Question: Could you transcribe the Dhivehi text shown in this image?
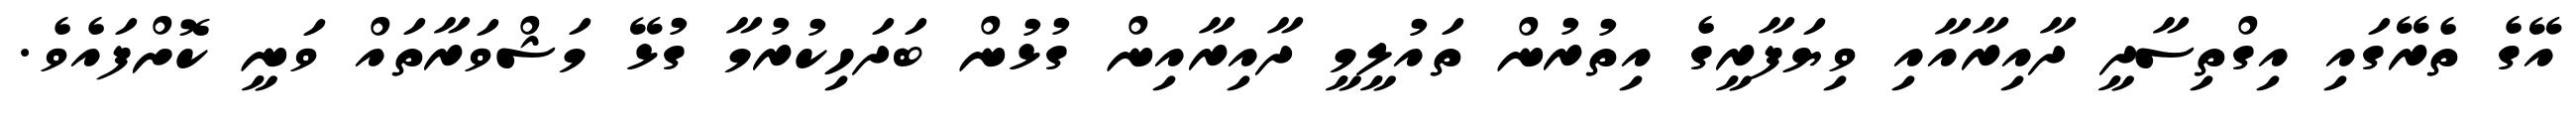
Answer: އޭގެ ތެރޭގައި އިގްތިސާދީ ދާއިރާއާއި ވިޔަފާރީގެ އިތުރުން ތައުލީމީ ދާއިރާއިން ގުޅުން ބަދަހިކުރުމާ ގުޅޭ މަޝްވަރާތައް ވަނީ ކޮށްފައެވެ.